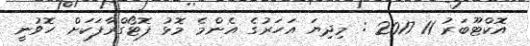
އޮކްޓޫބަރު 11 2017 : މިދިޔަ އަހަރުގެ އެންމެ މޮޅު ފޮޓޯގްރާފަކަށް ހޮވުނީ